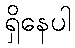
ရှိနေပါ